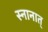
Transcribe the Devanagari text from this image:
स्नानात्